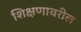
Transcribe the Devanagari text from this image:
शिक्षणावरील